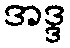
အဒ္ဒ